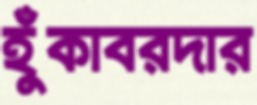
হুঁকাবরদার